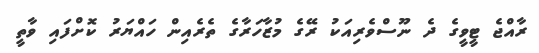
ރާއްޖެ ޓީވީގެ ދެ ނޫސްވެރިއަކު ރޭގެ މުޒާހަރާގެ ތެރެއިން ހައްޔަރު ކޮށްފައި ވާތީ